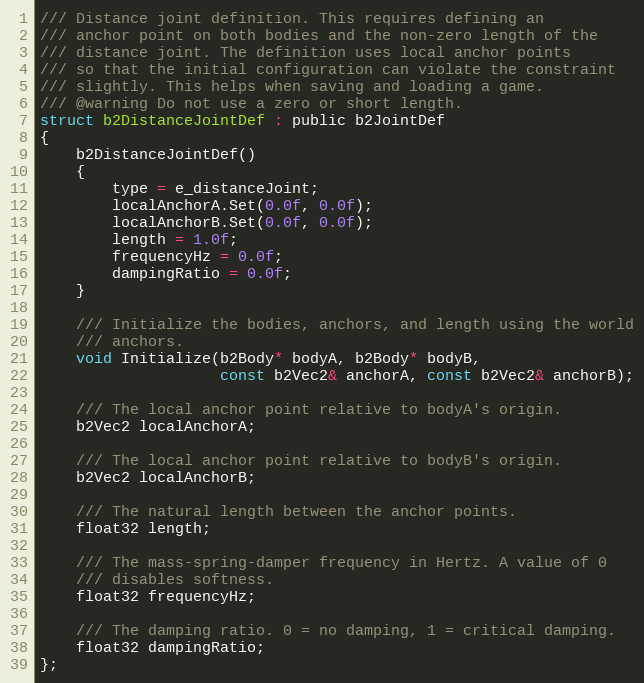
Language: C
/// Distance joint definition. This requires defining an
/// anchor point on both bodies and the non-zero length of the
/// distance joint. The definition uses local anchor points
/// so that the initial configuration can violate the constraint
/// slightly. This helps when saving and loading a game.
/// @warning Do not use a zero or short length.
struct b2DistanceJointDef : public b2JointDef
{
	b2DistanceJointDef()
	{
		type = e_distanceJoint;
		localAnchorA.Set(0.0f, 0.0f);
		localAnchorB.Set(0.0f, 0.0f);
		length = 1.0f;
		frequencyHz = 0.0f;
		dampingRatio = 0.0f;
	}

	/// Initialize the bodies, anchors, and length using the world
	/// anchors.
	void Initialize(b2Body* bodyA, b2Body* bodyB,
					const b2Vec2& anchorA, const b2Vec2& anchorB);

	/// The local anchor point relative to bodyA's origin.
	b2Vec2 localAnchorA;

	/// The local anchor point relative to bodyB's origin.
	b2Vec2 localAnchorB;

	/// The natural length between the anchor points.
	float32 length;

	/// The mass-spring-damper frequency in Hertz. A value of 0
	/// disables softness.
	float32 frequencyHz;

	/// The damping ratio. 0 = no damping, 1 = critical damping.
	float32 dampingRatio;
};